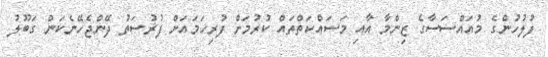
ފުލުހުންގެ މުއައްސަސާގެ ޒިންމާ އާއި މަސައްކަތްތައް ކުރުމަށް ފުރިހަމައަށް ފުރުސަތު ދޭންޖެހޭނެކަން ގަބޫލު